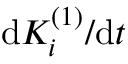
\mathrm { d } K _ { i } ^ { ( 1 ) } / \mathrm { d } t